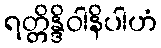
ရတ္တိန္ဒိဝါနိပါဟံ